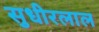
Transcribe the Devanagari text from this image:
सुधीरलाल